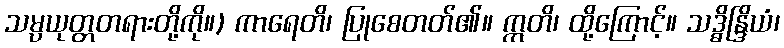
သမ္ပယုတ္တတရားတို့ကို။) ကာရေတိ၊ ပြုစေတတ်၏။ ဣတိ၊ ထို့ကြောင့်။ သဒ္ဓိန္ဒြိယံ၊